65_HS1-834228961_62-HQ-83894_Section_2
Agency: FBI
Page 178
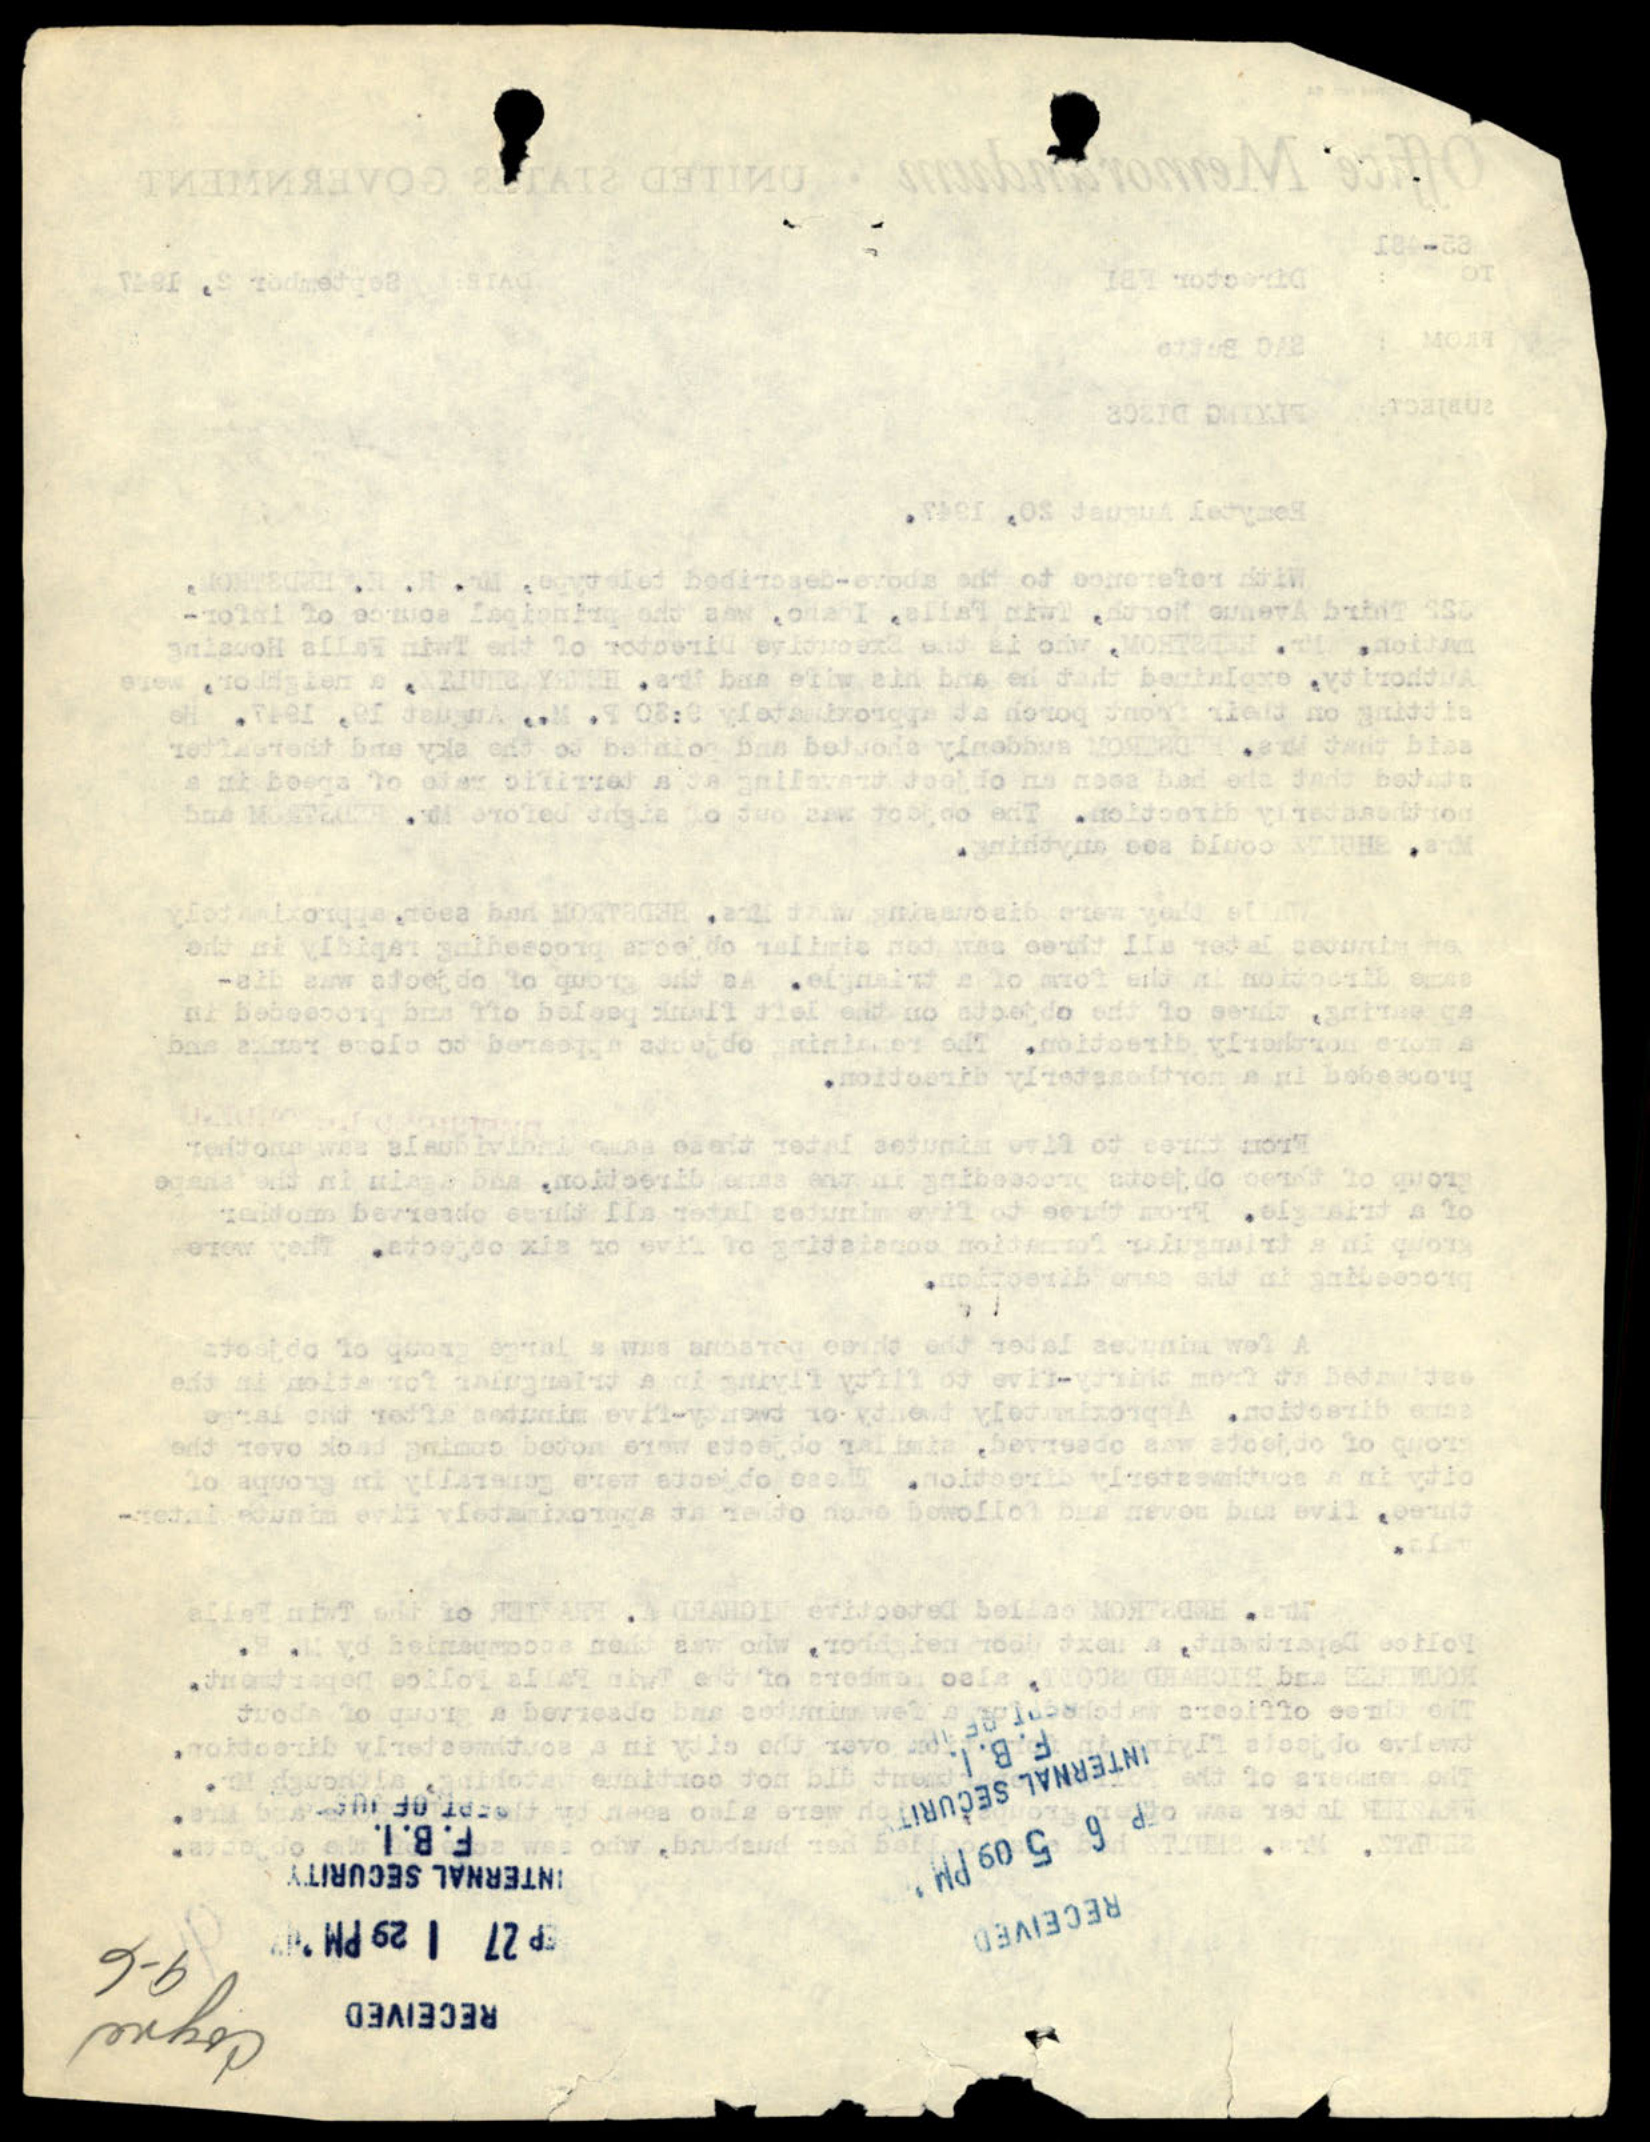